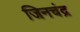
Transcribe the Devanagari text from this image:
जिनचंद्र